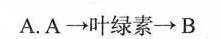
A.A\longrightarrow 叶绿素\longrightarrow B